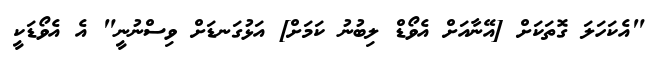
"އެކަހަލަ ގޮތަކަށް [އޭނާއަށް އެވޯޑް ލިބުނު ކަމަށް] އަޅުގަނޑަށް ވިސްނުނީ" އެ އެވޯޑަކީ